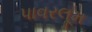
પાવરલૂમ